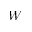
W